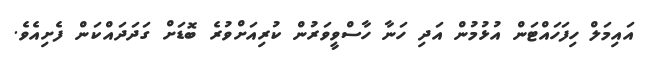
އައިމަލް ހިފަހައްޓަން އުޅުމުން އަދި ހަނާ ހާސްވީވަރުން ކުރިއަށްވުރެ ބޮޑަށް ގަދަދައްކަން ފެށިއެވެ.